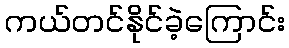
ကယ်တင်နိုင်ခဲ့ကြောင်း